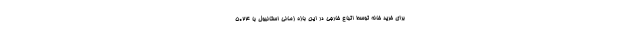
برای خرید خانه توسط اتباع خارجی در این بازه زمانی استانبول با ۵۰۲۴